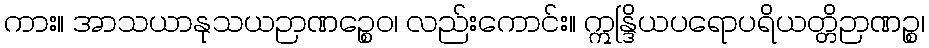
ကား။ အာသယာနုသယဉာဏဉ္စေဝ၊ လည်းကောင်း။ ဣန္ဒြိယပရောပရိယတ္တိဉာဏဉ္စ၊